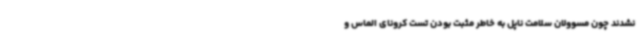
نشدند چون مسوولان سلامت ناپل به خاطر مثبت بودن تست کرونای الماس و